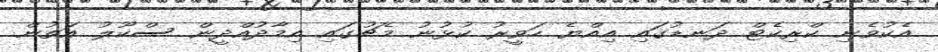
އެކުވެނި ކްރިކެޓް ދަނޑުގައި އިއްޔެ ހަވީރު ކުޅުނު މެޗުގައި އިމާދުއްދީން ސްކޫލު އަތުން